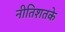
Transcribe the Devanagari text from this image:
नीतिशतके